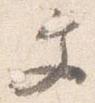
文